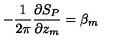
- \frac { 1 } { 2 \pi } \frac { \partial S _ { P } } { \partial z _ { m } } = \beta _ { m }